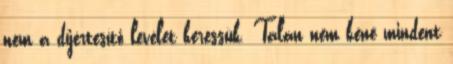
nem a díjértesítő levelet keressük. Talán nem kéne mindent